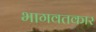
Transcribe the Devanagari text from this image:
भागवतकार